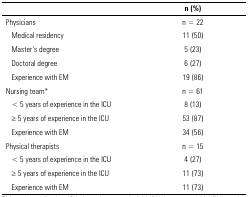
|  | n (%) |
 | --- | --- |
 | Physicians | n = 22 |
 | Medical residency | 11 (50) |
 | Master’s degree | 5 (23) |
 | Doctoral degree | 6 (27) |
 | Experience with EM | 19 (86) |
 | Nursing team* | n = 61 |
 | < 5 years of experience in the ICU | 8 (13) |
 | ≥ 5 years of experience in the ICU | 53 (87) |
 | Experience with EM | 34 (56) |
 | Physical therapists | n = 15 |
 | < 5 years of experience in the ICU | 4 (27) |
 | ≥ 5 years of experience in the ICU | 11 (73) |
 | Experience with EM | 11 (73) |